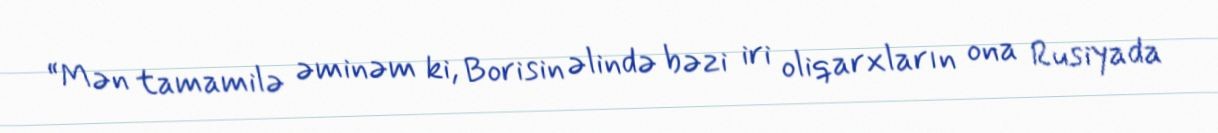
“Mən tamamilə əminəm ki, Borisin əlində bəzi iri oliqarxların ona Rusiyada